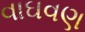
વાઘવણ